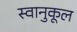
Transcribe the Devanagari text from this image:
स्वानुकूल